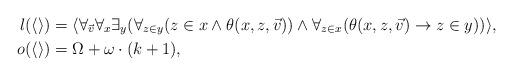
LaTeX: \begin{align*} l(\langle\rangle)&=\langle\forall_{\vec v}\forall_x\exists_y(\forall_{z\in y}(z\in x\land\theta(x,z,\vec v))\land\forall_{z\in x}(\theta(x,z,\vec v)\rightarrow z\in y))\rangle,\\ o(\langle\rangle)&=\Omega+\omega\cdot(k+1),\end{align*}